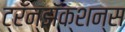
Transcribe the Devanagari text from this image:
ट्रॅन्झॅक्शन्स